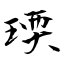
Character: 瑌